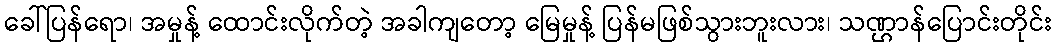
ခေါ်ပြန်ရော၊ အမှုန့် ထောင်းလိုက်တဲ့ အခါကျတော့ မြေမှုန့် ပြန်မဖြစ်သွားဘူးလား၊ သဏ္ဌာန်ပြောင်းတိုင်း